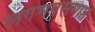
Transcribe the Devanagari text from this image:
लगभगसमाप्त